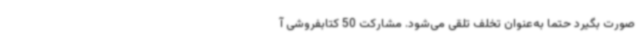
صورت بگیرد حتماً به‌عنوان تخلف تلقی می‌شود. مشارکت 50 کتابفروشی آ